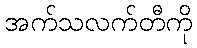
အက်သလက်တီကို